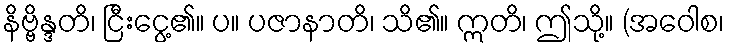
နိဗ္ဗိန္ဒတိ၊ ငြီးငွေ့၏။ ပ။ ပဇာနာတိ၊ သိ၏။ ဣတိ၊ ဤသို့။ (အဝေါစ၊